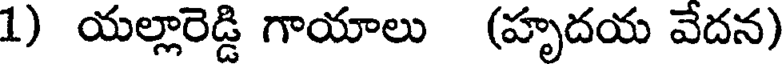
1) యల్లారెడ్డి గాయాలు (హృదయ వేదన)